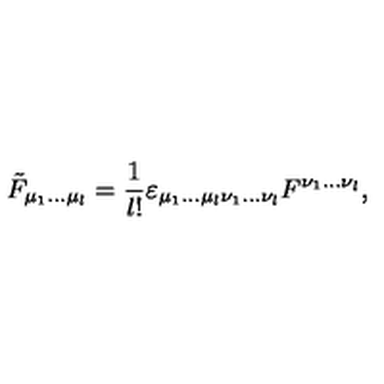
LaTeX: \tilde { F } _ { \mu _ { 1 } \ldots \mu _ { l } } = { \frac { 1 } { l ! } } \varepsilon _ { \mu _ { 1 } \ldots \mu _ { l } \nu _ { 1 } \ldots \nu _ { l } } F ^ { \nu _ { 1 } \ldots \nu _ { l } } ,